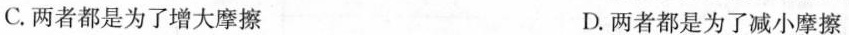
C.两者都是为了增大摩擦 D.两者都是为了减小摩擦